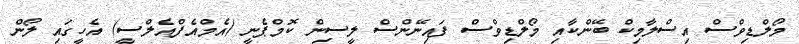
މޯލްޑިވްސް އިސްލާމިކް ބޭންކާއި މޯލްޑިވްސް ފައިނޭންސް ލީސިން ކޮމްޕެނީ (އެމްއެފްއެލްސީ) އެހީގައި ލޯން